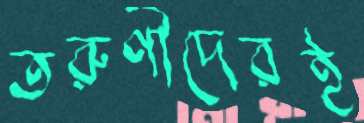
তরুণীদেরই